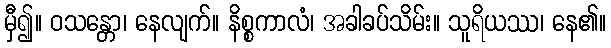
မှီ၍။ ဝသန္တော၊ နေလျက်။ နိစ္စကာလံ၊ အခါခပ်သိမ်း။ သူရိယဿ၊ နေ၏။